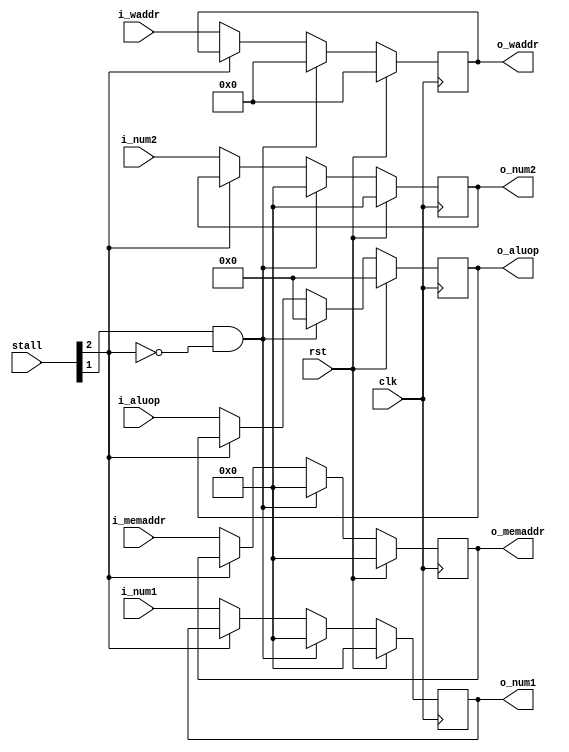
module id_ex(
	input wire clk,
	input wire rst,
	
	input[4:0]    stall,
	
	input[5:0]   i_aluop,
	input[31:0]  i_num1,
	input[31:0]  i_num2,
	input[31:0]  i_memaddr,
	input[4:0]   i_waddr,
	
	output[5:0]   o_aluop,
	output[31:0]  o_num1,
	output[31:0]  o_num2,
	output[31:0]  o_memaddr,
	output[4:0]   o_waddr
);

reg[5:0] aluop;
reg[31:0] num1;
reg[31:0] num2;
reg[31:0] memaddr;
reg[4:0] waddr;

assign o_aluop = aluop;
assign o_num1 = num1;
assign o_num2 = num2;
assign o_memaddr = memaddr;
assign o_waddr = waddr;

always @(posedge clk) begin
	if (rst == 1) begin
		aluop <= 0;
		num1 <= 0;
		num2 <= 0;
		memaddr <= 0;
		waddr <= 0;
	end else if (stall[1] == 1 && stall[2] == 0) begin
		aluop <= 0;
		num1 <= 0;
		num2 <= 0;
		memaddr <= 0;
		waddr <= 0;
	end else if (stall[2] == 1) begin
		aluop <= aluop;
		num1 <= num1;
		num2 <= num2;
		memaddr <= memaddr;
		waddr <= waddr;
	end else begin
		aluop <= i_aluop;
		num1 <= i_num1;
		num2 <= i_num2;
		memaddr <= i_memaddr;
		waddr <= i_waddr;
	end
end

endmodule